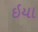
ઇયા